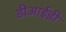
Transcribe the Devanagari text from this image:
डीआईडी